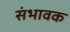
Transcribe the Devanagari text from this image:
संभावक